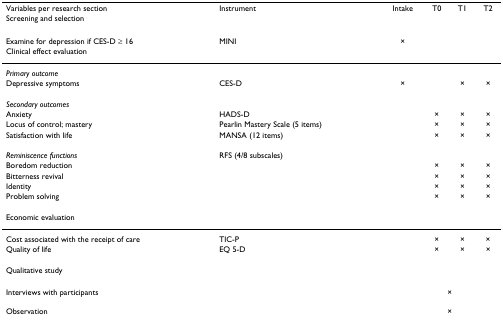
<table><thead><tr><td><b>Variables per research section</b></td><td><b>Instrument</b></td><td><b>Intake</b></td><td><b>T0</b></td><td><b>T1</b></td><td><b>T2</b></td></tr><tr><td><b>Screening and selection</b></td><td></td><td></td><td></td><td></td><td></td></tr></thead><tbody><tr><td>Examine for depression if CES-D ≥ 16</td><td>MINI</td><td>×</td><td></td><td></td><td></td></tr><tr><td>Clinical effect evaluation</td><td></td><td></td><td></td><td></td><td></td></tr><tr><td><i>Primary outcome</i></td><td></td><td></td><td></td><td></td><td></td></tr><tr><td>Depressive symptoms</td><td>CES-D</td><td>×</td><td></td><td>×</td><td>×</td></tr><tr><td><i>Secondary outcomes</i></td><td></td><td></td><td></td><td></td><td></td></tr><tr><td>Anxiety</td><td>HADS-D</td><td></td><td>×</td><td>×</td><td>×</td></tr><tr><td>Locus of control; mastery</td><td>Pearlin Mastery Scale (5 items)</td><td></td><td>×</td><td>×</td><td>×</td></tr><tr><td>Satisfaction with life</td><td>MANSA (12 items)</td><td></td><td>×</td><td>×</td><td>×</td></tr><tr><td><i>Reminiscence functions</i></td><td>RFS (4/8 subscales)</td><td></td><td></td><td></td><td></td></tr><tr><td>Boredom reduction</td><td></td><td></td><td>×</td><td>×</td><td>×</td></tr><tr><td>Bitterness revival</td><td></td><td></td><td>×</td><td>×</td><td>×</td></tr><tr><td>Identity</td><td></td><td></td><td>×</td><td>×</td><td>×</td></tr><tr><td>Problem solving</td><td></td><td></td><td>×</td><td>×</td><td>×</td></tr><tr><td>Economic evaluation</td><td></td><td></td><td></td><td></td><td></td></tr><tr><td>Cost associated with the receipt of care</td><td>TIC-P</td><td></td><td>×</td><td>×</td><td>×</td></tr><tr><td>Quality of life</td><td>EQ 5-D</td><td></td><td>×</td><td>×</td><td>×</td></tr><tr><td>Qualitative study</td><td></td><td></td><td></td><td></td><td></td></tr><tr><td>Interviews with participants</td><td></td><td></td><td colspan="2">×</td><td></td><td></td></tr><tr><td>Observation</td><td></td><td></td><td colspan="2">×</td><td></td><td></td></tr></tbody></table>